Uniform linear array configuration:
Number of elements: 64
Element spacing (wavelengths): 0.25
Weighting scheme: kaiser
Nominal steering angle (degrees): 0
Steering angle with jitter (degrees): -0.992
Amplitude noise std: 0.05
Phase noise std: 0.05

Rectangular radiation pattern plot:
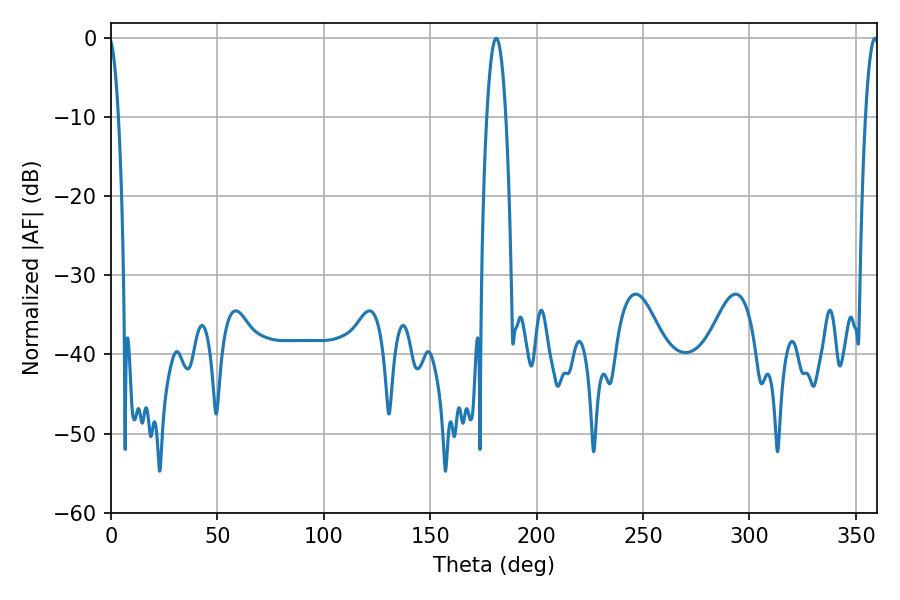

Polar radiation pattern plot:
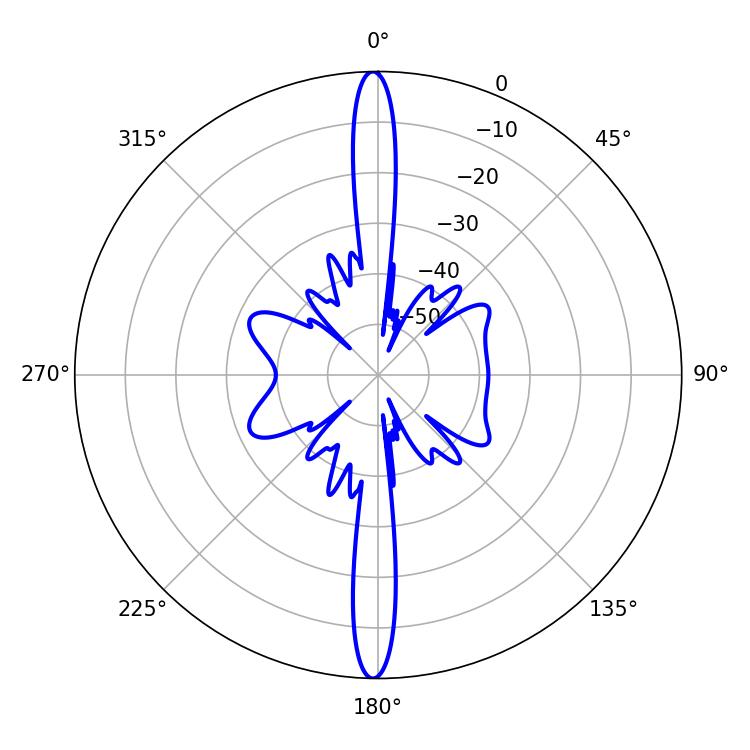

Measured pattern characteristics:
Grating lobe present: FALSE
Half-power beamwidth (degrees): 4.86
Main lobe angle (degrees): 181.08